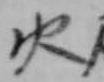
火